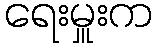
ရေးမှူးက